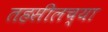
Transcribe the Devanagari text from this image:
तहसीलच्या